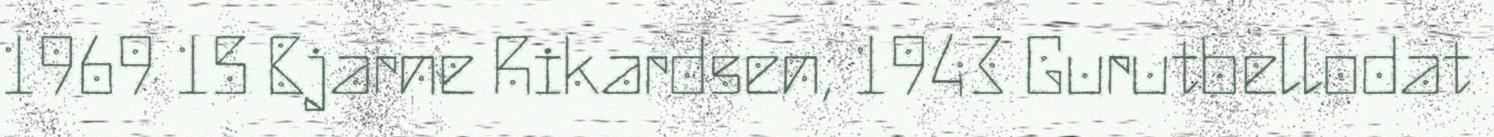
1969 15 Bjarne Rikardsen, 1943 Gurutbellodat